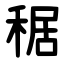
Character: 䅕